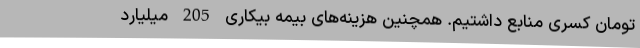
تومان کسری منابع داشتیم. همچنین هزینه‌های بیمه بیکاری 205 میلیارد